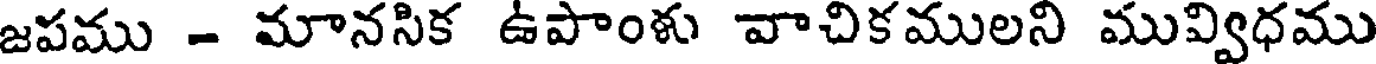
జపము - మానసిక ఉపాంళు వాచికములని మువ్విధము